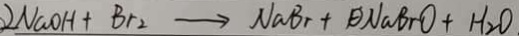
2 N a O H + B r _ { 2 } \rightarrow N a B _ { r } + \theta N a B r O + H _ { 2 } O